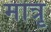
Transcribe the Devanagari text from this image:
मात्रृ